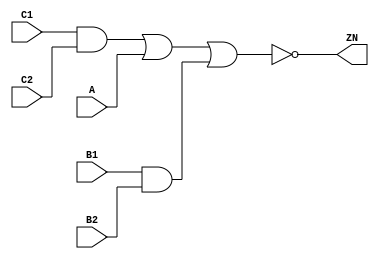
module AOI221_X4 (A, B1, B2, C1, C2, ZN);
  input A;
  input B1;
  input B2;
  input C1;
  input C2;
  output ZN;
  not(ZN, i_24);
  not(i_24, i_25);
  not(i_25, i_26);
  or(i_26, i_27, i_29);
  or(i_27, i_28, A);
  and(i_28, C1, C2);
  and(i_29, B1, B2);
  specify
    if((B1 == 1'b0) && (B2 == 1'b0) && (C1 == 1'b0) && (C2 == 1'b0)) (A => ZN) = (0.1, 0.1);
    if((B1 == 1'b0) && (B2 == 1'b0) && (C1 == 1'b0) && (C2 == 1'b1)) (A => ZN) = (0.1, 0.1);
    if((B1 == 1'b0) && (B2 == 1'b0) && (C1 == 1'b1) && (C2 == 1'b0)) (A => ZN) = (0.1, 0.1);
    if((B1 == 1'b0) && (B2 == 1'b1) && (C1 == 1'b0) && (C2 == 1'b0)) (A => ZN) = (0.1, 0.1);
    if((B1 == 1'b0) && (B2 == 1'b1) && (C1 == 1'b0) && (C2 == 1'b1)) (A => ZN) = (0.1, 0.1);
    if((B1 == 1'b0) && (B2 == 1'b1) && (C1 == 1'b1) && (C2 == 1'b0)) (A => ZN) = (0.1, 0.1);
    if((B1 == 1'b1) && (B2 == 1'b0) && (C1 == 1'b0) && (C2 == 1'b0)) (A => ZN) = (0.1, 0.1);
    if((B1 == 1'b1) && (B2 == 1'b0) && (C1 == 1'b0) && (C2 == 1'b1)) (A => ZN) = (0.1, 0.1);
    if((B1 == 1'b1) && (B2 == 1'b0) && (C1 == 1'b1) && (C2 == 1'b0)) (A => ZN) = (0.1, 0.1);
    if((A == 1'b0) && (B2 == 1'b1) && (C1 == 1'b0) && (C2 == 1'b0)) (B1 => ZN) = (0.1, 0.1);
    if((A == 1'b0) && (B2 == 1'b1) && (C1 == 1'b0) && (C2 == 1'b1)) (B1 => ZN) = (0.1, 0.1);
    if((A == 1'b0) && (B2 == 1'b1) && (C1 == 1'b1) && (C2 == 1'b0)) (B1 => ZN) = (0.1, 0.1);
    if((A == 1'b0) && (B1 == 1'b1) && (C1 == 1'b0) && (C2 == 1'b0)) (B2 => ZN) = (0.1, 0.1);
    if((A == 1'b0) && (B1 == 1'b1) && (C1 == 1'b0) && (C2 == 1'b1)) (B2 => ZN) = (0.1, 0.1);
    if((A == 1'b0) && (B1 == 1'b1) && (C1 == 1'b1) && (C2 == 1'b0)) (B2 => ZN) = (0.1, 0.1);
    if((A == 1'b0) && (B1 == 1'b0) && (B2 == 1'b0) && (C2 == 1'b1)) (C1 => ZN) = (0.1, 0.1);
    if((A == 1'b0) && (B1 == 1'b0) && (B2 == 1'b1) && (C2 == 1'b1)) (C1 => ZN) = (0.1, 0.1);
    if((A == 1'b0) && (B1 == 1'b1) && (B2 == 1'b0) && (C2 == 1'b1)) (C1 => ZN) = (0.1, 0.1);
    if((A == 1'b0) && (B1 == 1'b0) && (B2 == 1'b0) && (C1 == 1'b1)) (C2 => ZN) = (0.1, 0.1);
    if((A == 1'b0) && (B1 == 1'b0) && (B2 == 1'b1) && (C1 == 1'b1)) (C2 => ZN) = (0.1, 0.1);
    if((A == 1'b0) && (B1 == 1'b1) && (B2 == 1'b0) && (C1 == 1'b1)) (C2 => ZN) = (0.1, 0.1);
  endspecify
endmodule